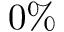
0 \%